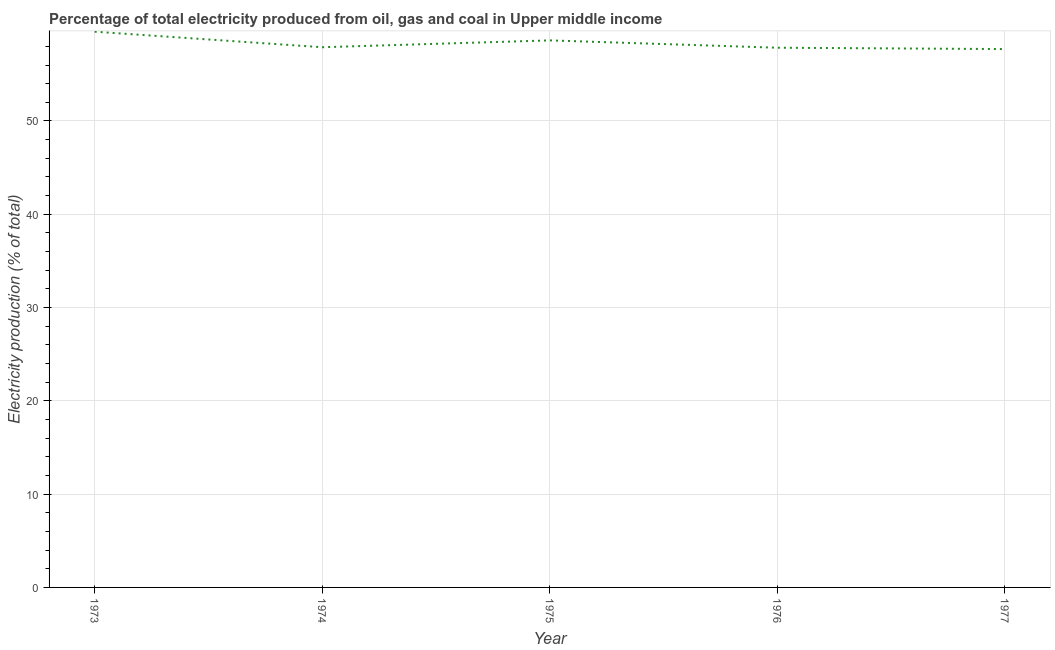
| Year | Electricity production |
 | --- | --- |
 | 1973 | 59.6 |
 | 1974 | 57.9 |
 | 1975 | 58.6 |
 | 1976 | 57.9 |
 | 1977 | 57.7 |